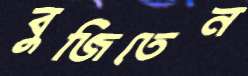
বুজিতেন